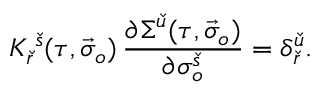
K _ { \check { r } } ^ { \; \check { s } } ( \tau , \vec { \sigma } _ { o } ) \, \frac { \partial \Sigma ^ { \check { u } } ( \tau , \vec { \sigma } _ { o } ) } { \partial \sigma _ { o } ^ { \check { s } } } = \delta _ { \check { r } } ^ { \check { u } } .